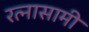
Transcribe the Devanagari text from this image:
रत्नासामी